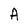
Character: A